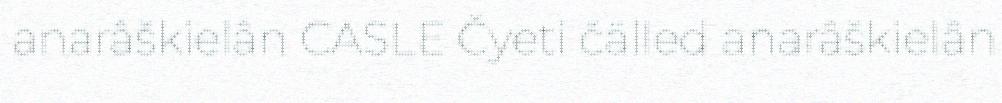
anarâškielân CASLE Čyeti čälled anarâškielân